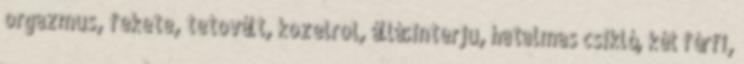
orgazmus, fekete, tetovált, kozelrol, állásinterju, hatalmas csikló, két férfi,